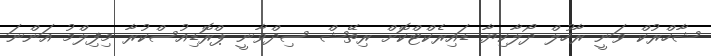
ޝާހްރުކް ވަނީ ރާހުލް ދޯލާކިޔާ ޑައިރެކްޓްކޮށް ރިތޭޝް ސިދްވާނީ ޕްރޮޑިއުސްކުރާ މިފިލްމު އަންނަ